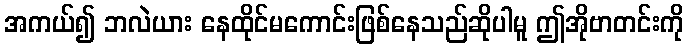
အကယ်၍ ဘလဲယား နေထိုင်မကောင်းဖြစ်နေသည်ဆိုပါမူ ဤအိုဗာတင်းကို